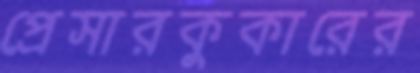
প্রেসারকুকারের